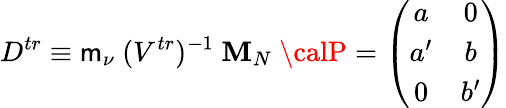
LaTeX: D^{tr}\equiv\mathsf{m}_{\nu}\ (V^{tr})^{-1}\ \mathbf{M}_{N}\ {\calP}=\left(\begin{array}{cc}{{a}}&{{0}}\\ {{a^{\prime}}}&{{b}}\\ {{0}}&{{b^{\prime}}}\end{array}\right)